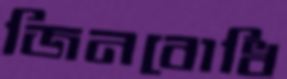
জিনবোধি